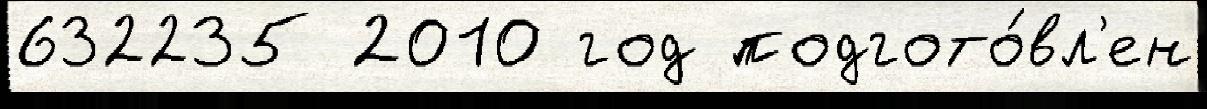
632235 2010 год подгото́вл'ен